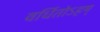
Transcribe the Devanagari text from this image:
वर्धितोऽहम्‌